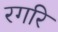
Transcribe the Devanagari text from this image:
रगरि